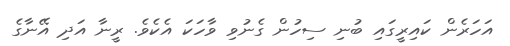
އަހަރެން ކައިރީގައި ބުނި ސިހުން ގެނުވި ވާހަކަ އެކެވެ. ރީނާ އަދި އޭނާގެ